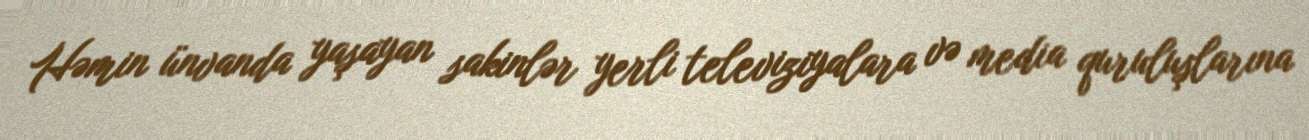
Həmin ünvanda yaşayan sakinlər yerli televiziyalara və media quruluşlarına